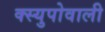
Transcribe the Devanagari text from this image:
क्स्युपोवाली